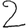
Digit: 2